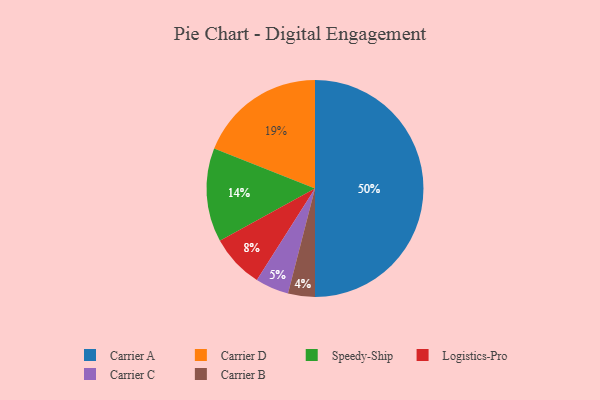
{"axis": {"x": "Category", "y": "Percentage"}, "legend": ["Carrier A", "Carrier B", "Carrier C", "Carrier D", "Logistics-Pro", "Speedy-Ship"], "data": [{"x": "Carrier D", "y": 19, "type": "Carrier D"}, {"x": "Carrier C", "y": 5, "type": "Carrier C"}, {"x": "Carrier A", "y": 50, "type": "Carrier A"}, {"x": "Speedy-Ship", "y": 14, "type": "Speedy-Ship"}, {"x": "Carrier B", "y": 4, "type": "Carrier B"}, {"x": "Logistics-Pro", "y": 8, "type": "Logistics-Pro"}]}